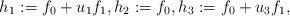
LaTeX: \begin{align*} h_1 := f_0+u_1f_1, h_2 := f_0, h_3 :=f_0+u_3f_1,\end{align*}